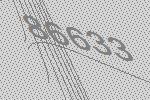
86633